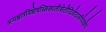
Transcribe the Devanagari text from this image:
अन्यश्चात्रविशेषस्त्रिस्थलीसेतौदिवोदासीयेचज्ञेयः